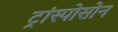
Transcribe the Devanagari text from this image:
ट्रांस्पोसोन